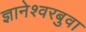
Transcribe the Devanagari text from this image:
ज्ञानेश्वरबुवा